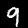
Digit: 9